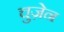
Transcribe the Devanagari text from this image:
चुज़ेन